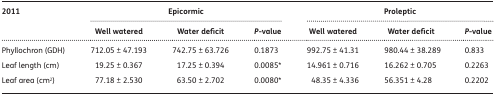
<table><thead><tr><td rowspan="2"><b>2011</b></td><td colspan="3"><b>Epicormic</b></td><td colspan="3"><b>Proleptic</b></td></tr><tr><td><b>Well watered</b></td><td><b>Water deficit</b></td><td><b><i>P</i>-value</b></td><td><b>Well watered</b></td><td><b>Water deficit</b></td><td><b><i>P</i>-value</b></td></tr></thead><tbody><tr><td>Phyllochron (GDH)</td><td>712.05 ± 47.193</td><td>742.75 ± 63.726</td><td>0.1873</td><td>992.75 ± 41.31</td><td>980.44 ± 38.289</td><td>0.833</td></tr><tr><td>Leaf length (cm)</td><td>19.25 ± 0.367</td><td>17.25 ± 0.394</td><td>0.0085*</td><td>14.961 ± 0.716</td><td>16.262 ± 0.705</td><td>0.2263</td></tr><tr><td>Leaf area (cm<sup>2</sup>)</td><td>77.18 ± 2.530</td><td> 63.50 ± 2.702</td><td>0.0080*</td><td>48.35 ± 4.336</td><td>56.351 ± 4.28</td><td>0.2202</td></tr></tbody></table>